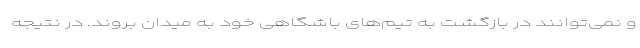
و نمی‌توانند در بازگشت به تیم‌های باشگاهی خود به میدان بروند. در نتیجه